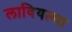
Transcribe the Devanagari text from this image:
लावियल्या